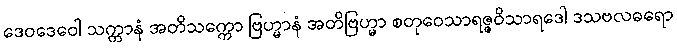
ဒေဝဒေဝေါ သက္ကာနံ အတိသက္ကော ဗြဟ္မာနံ အတိဗြဟ္မာ စတုဝေသာရဇ္ဇဝိသာရဒေါ ဒသဗလဓရော